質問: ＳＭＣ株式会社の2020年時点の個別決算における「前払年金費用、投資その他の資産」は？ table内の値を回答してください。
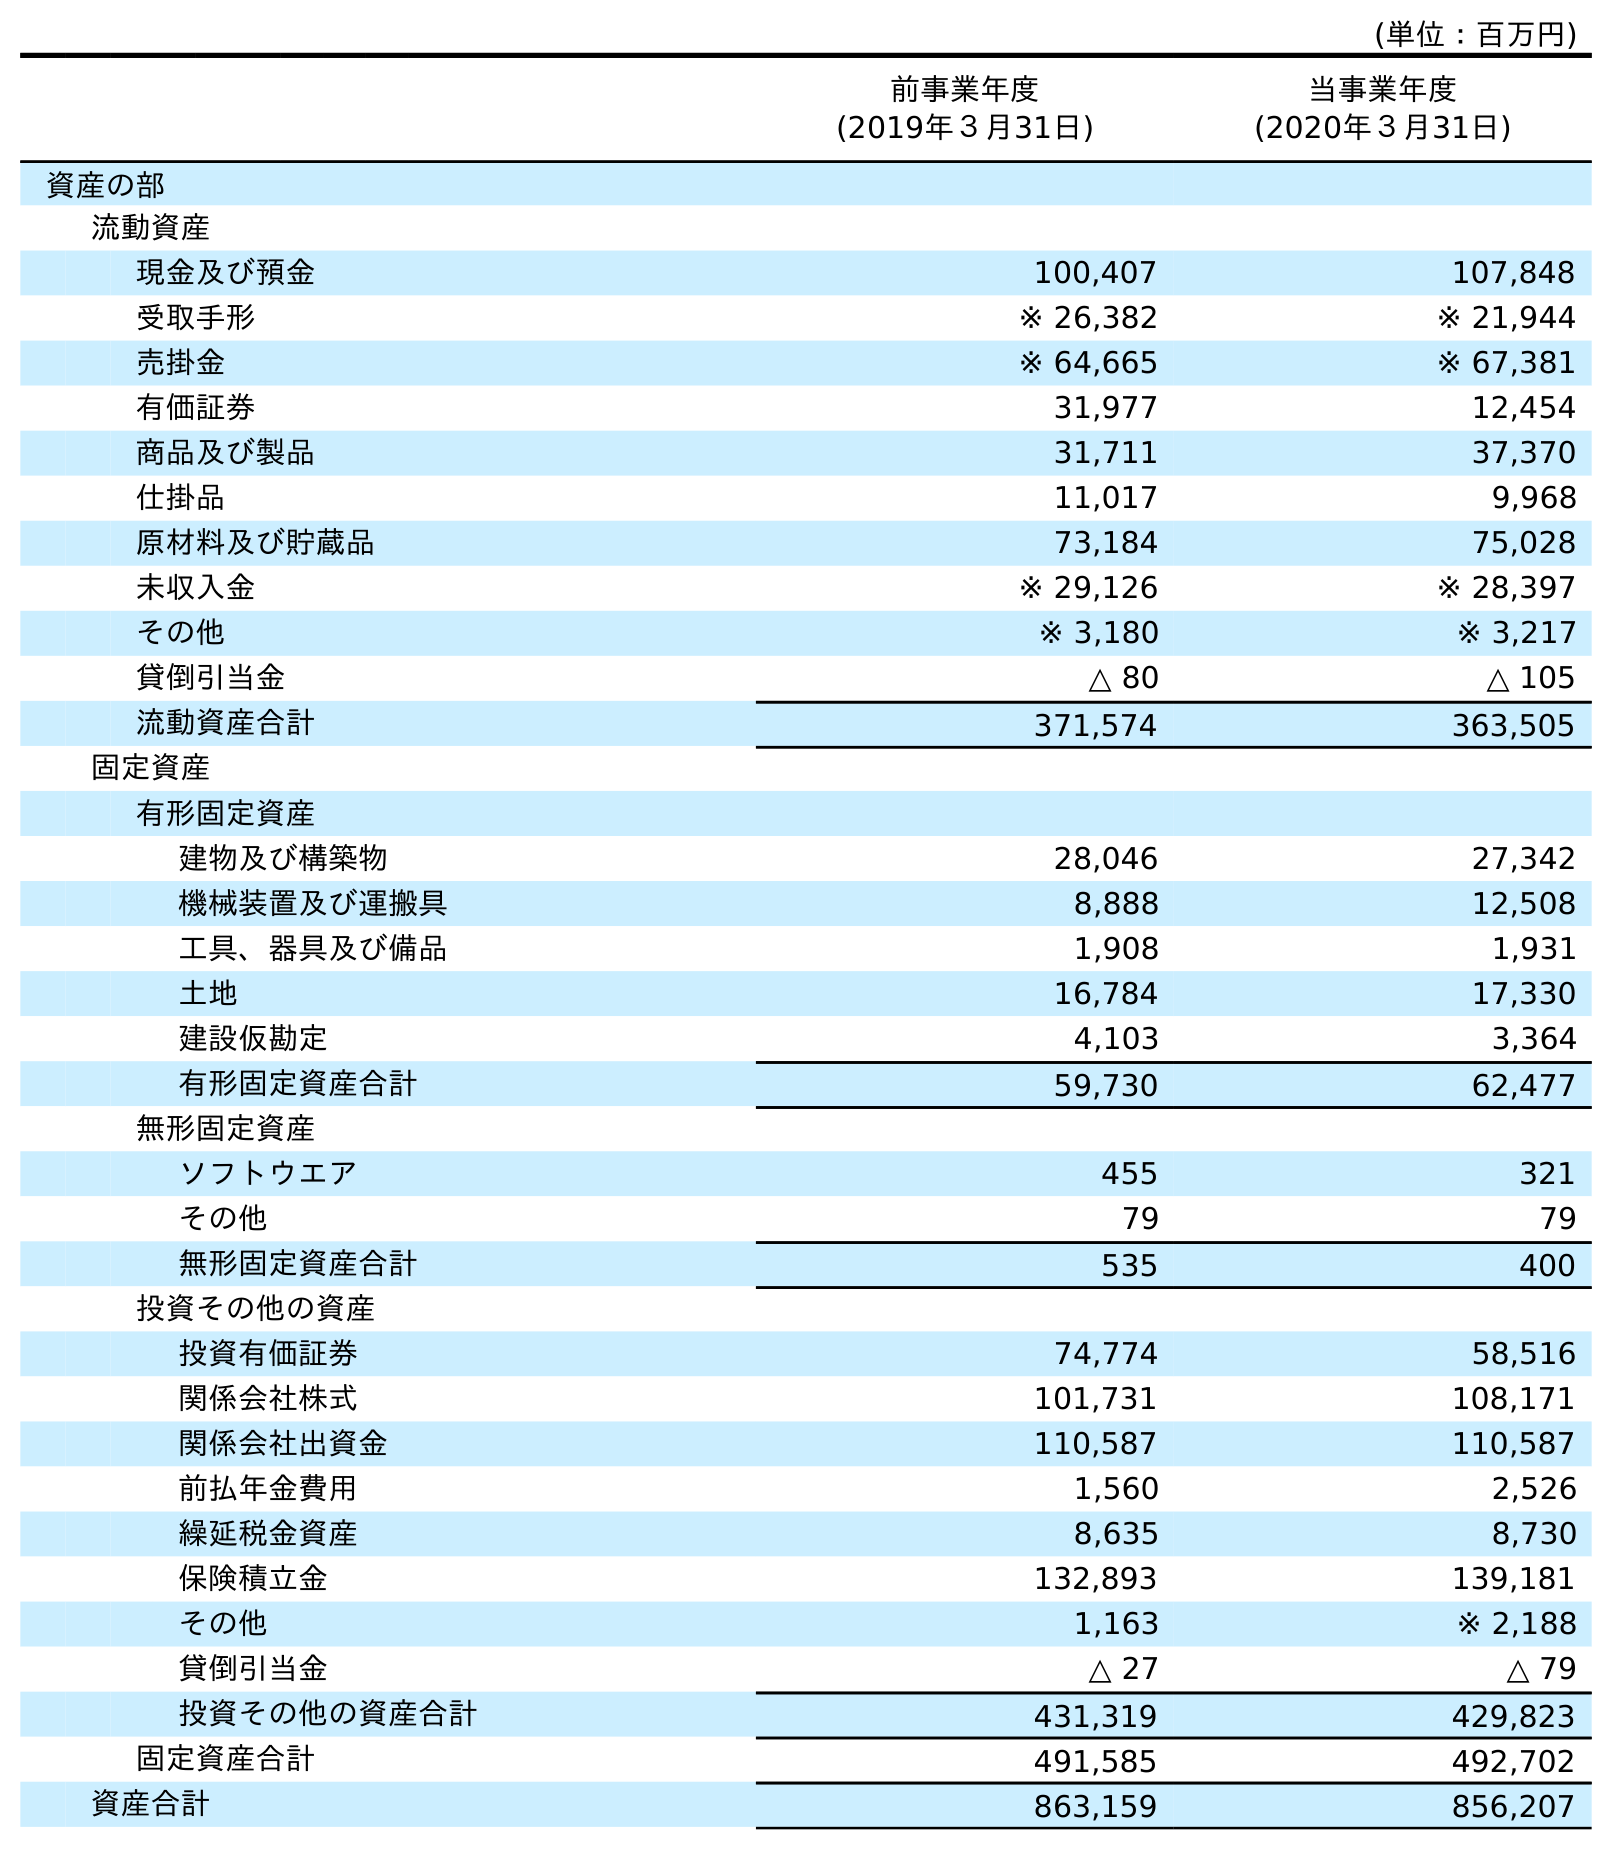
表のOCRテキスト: (単位：百万円) 前事業年度 (2019年３月31日) 当事業年度 (2020年３月31日) 資産の部 流動資産 現金及び預金 100,407 107,848 受取手形 ※ 26,382 ※ 21,944 売掛金 ※ 64,665 ※ 67,381 有価証券 31,977 12,454 商品及び製品 31,711 37,370 仕掛品 11,017 9,968 原材料及び貯蔵品 73,184 75,028 未収入金 ※ 29,126 ※ 28,397 その他 ※ 3,180 ※ 3,217 貸倒引当金 △ 80 △ 105 流動資産合計 371,574 363,505 固定資産 有形固定資産 建物及び構築物 28,046 27,342 機械装置及び運搬具 8,888 12,508 工具、器具及び備品 1,908 1,931 土地 16,784 17,330 建設仮勘定 4,103 3,364 有形固定資産合計 59,730 62,477 無形固定資産 ソフトウエア 455 321 その他 79 79 無形固定資産合計 535 400 投資その他の資産 投資有価証券 74,774 58,516 関係会社株式 101,731 108,171 関係会社出資金 110,587 110,587 前払年金費用 1,560 2,526 繰延税金資産 8,635 8,730 保険積立金 132,893 139,181 その他 1,163 ※ 2,188 貸倒引当金 △ 27 △ 79 投資その他の資産合計 431,319 429,823 固定資産合計 491,585 492,702 資産合計 863,159 856,207
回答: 2,526